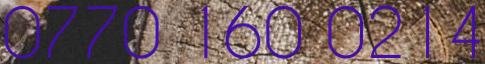
0770 160 0214